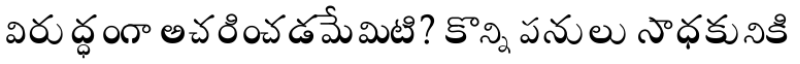
విరుద్ధంగా అచరించడమేమిటి? కొన్ని పనులు సాధకునికి